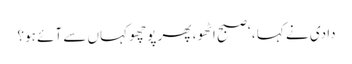
دادی نے کہا ، ‘صبح اٹھو ، پھر پوچھو کہاں سے آئے ہو؟